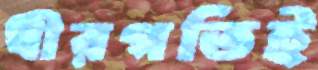
ধীরগতিই